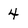
Character: 4